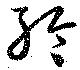
聆